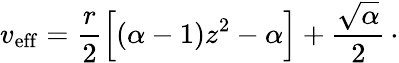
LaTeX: v_{\mathrm{eff}}={\frac{r}{2}}\Bigl[(\alpha-1)z^{2}-\alpha\Bigr]+{\frac{\sqrt{\alpha}}{2}}\, \cdotp